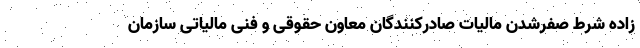
زاده شرط صفرشدن مالیات صادرکنندگان معاون حقوقی و فنی مالیاتی سازمان